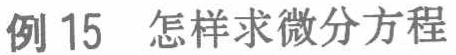
例 15 怎样求微分方程